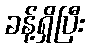
ခန့်ရှိပြီး